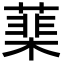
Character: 䕁